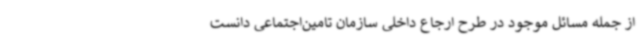
از جمله مسائل موجود در طرح ارجاع داخلی سازمان تامین‌اجتماعی دانست